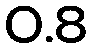
0.8